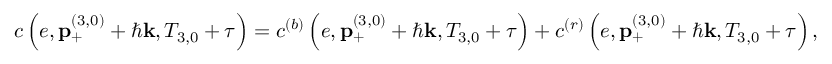
c \left( e , \mathbf { p } _ { + } ^ { \left( 3 , 0 \right) } + \hbar \mathbf { k } , T _ { 3 , 0 } + \tau \right) = c ^ { \left( b \right) } \left( e , \mathbf { p } _ { + } ^ { \left( 3 , 0 \right) } + \hbar \mathbf { k } , T _ { 3 , 0 } + \tau \right) + c ^ { \left( r \right) } \left( e , \mathbf { p } _ { + } ^ { \left( 3 , 0 \right) } + \hbar \mathbf { k } , T _ { 3 , 0 } + \tau \right) ,